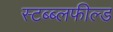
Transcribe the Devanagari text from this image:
स्टब्ब्लफील्ड